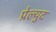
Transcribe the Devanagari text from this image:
प्रेल्युद